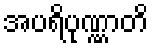
အပရိပုဏ္ဏာတိ